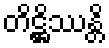
တိဋ္ဌိဿန္တိ